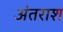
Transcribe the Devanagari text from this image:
अंतराश